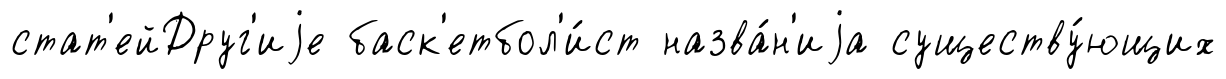
стат'ейДруг'иjе баск'етбол'и́ст назва́н'иjа существу́ющих